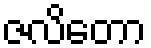
ဇလိတော